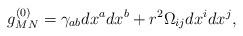
LaTeX: \begin{align*}g^{(0)}_{MN} = \gamma_{ab}dx^adx^b+r^2\Omega_{ij}dx^idx^j, \end{align*}